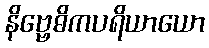
နိဗ္ဗေဓိကပရိယာယော